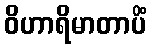
ဝိဟာရိမာတာပိံ